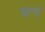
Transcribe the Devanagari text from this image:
यन्त्रं